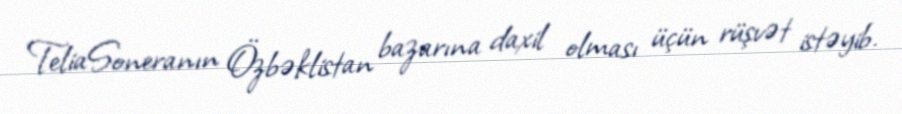
TeliaSoneranın Özbəklistan bazarına daxil olması üçün rüşvət istəyib.